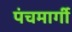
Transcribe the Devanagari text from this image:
पंचमार्गी